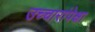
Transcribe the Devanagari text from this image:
उच्चारांपेक्षा